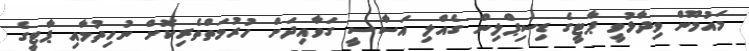
މައުމޫން ވިދާޅުވީ ޕާޓީގެ ޑިސިޕްލިން ގެއްލި އަސާސީ ގަވާއިދަށް ހުރުމަތްތެރިކޮށް ނުހިތުމާއި ޕާޓީގެ